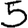
Digit: 5